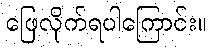
ဖြေလိုက်ရပါကြောင်း။